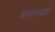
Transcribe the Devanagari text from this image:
शेतमळ्यांशी